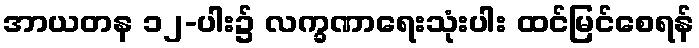
အာယတန ၁၂-ပါး၌ လက္ခဏာရေးသုံးပါး ထင်မြင်စေရန်